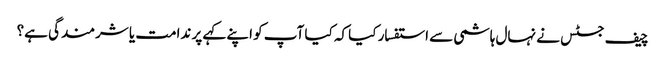
چیف جسٹس نے نہال ہاشمی سے استفسار کیا کہ کیا آپ کو اپنے کہے پر ندامت یا شرمندگی ہے؟